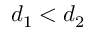
d _ { 1 } < d _ { 2 }